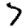
Digit: 7